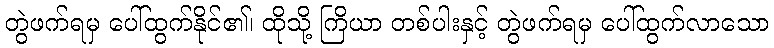
တွဲဖက်ရမှ ပေါ်ထွက်နိုင်၏၊ ထိုသို့ ကြိယာ တစ်ပါးနှင့် တွဲဖက်ရမှ ပေါ်ထွက်လာသော